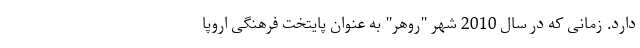
دارد. زمانی که در سال 2010 شهر "روهر" به عنوان پایتخت فرهنگی اروپا